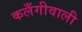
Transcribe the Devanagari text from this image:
कलँगीवाली